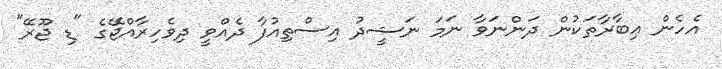
އެހެން ޢިބާރާތަކުން ދަންނަވާ ނަމަ ނަޝީދު އިސްތިއުފާ ދެއްވީ ދިވެހިރާއްޖޭގެ "ޑި ޖޫރޭ"